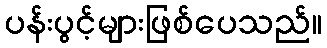
ပန်းပွင့်များဖြစ်ပေသည်။